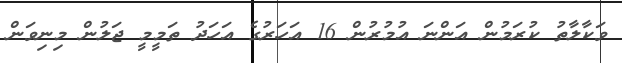
ވަކާލާތު ކުރަމުން އަންނަ އުމުރުން 16 އަހަރުގެ އަހަދު ތަމީމީ ޖަލުން މިނިވަން